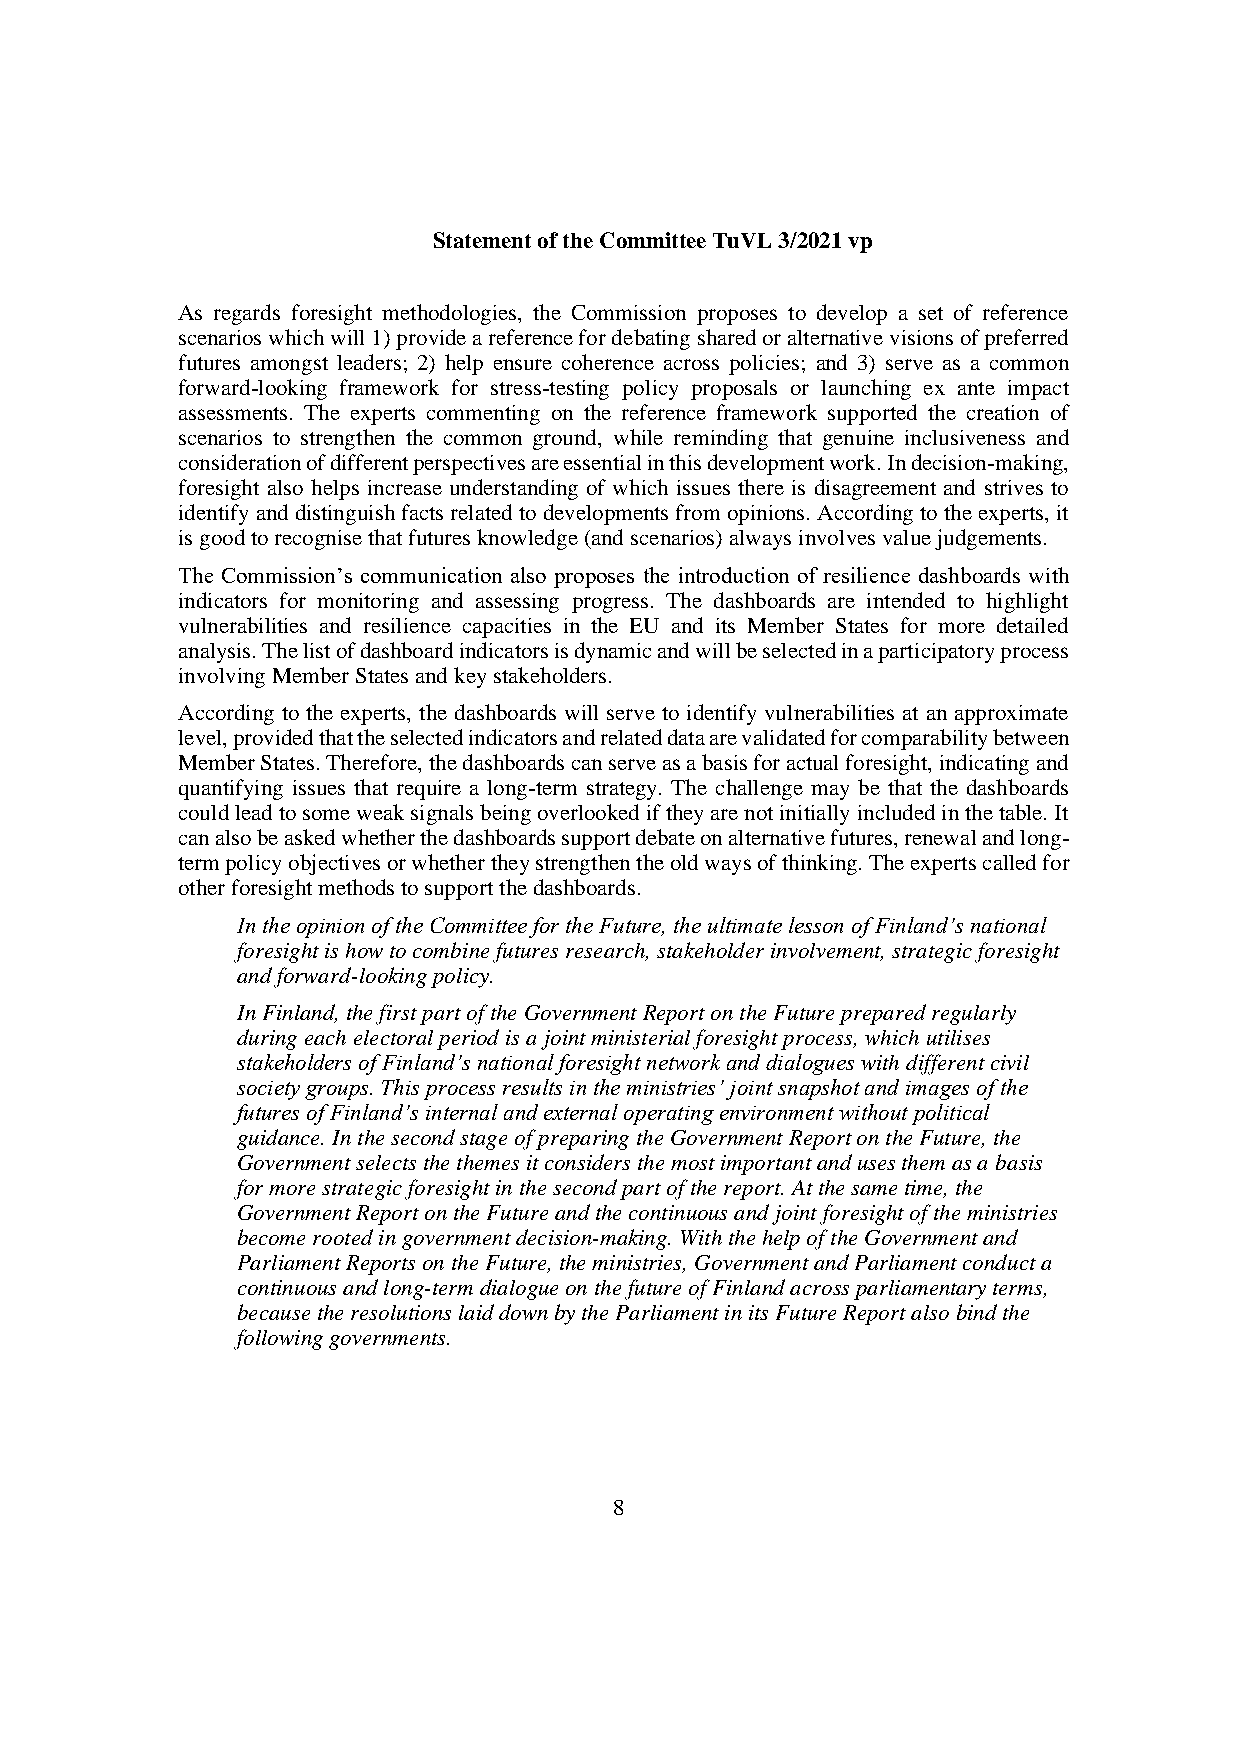
Statement of the Committee TuVL 3/2021 vp
 As regards foresight methodologies, the Commission proposes to develop a set of reference
 scenarios which will 1) provide a reference for debating shared or alternative visions of preferred
 futures amongst leaders; 2) help ensure coherence across policies; and 3) serve as a common
 forward-looking framework for stress-testing policy proposals or launching ex ante impact
 assessments. The experts commenting on the reference framework supported the creation of
 scenarios to strengthen the common ground, while reminding that genuine inclusiveness and
 consideration of different perspectives are essential in this development work. In decision-making,
 foresight also helps increase understanding of which issues there is disagreement and strives to
 identify and distinguish facts related to developments from opinions. According to the experts, it
 is good to recognise that futures knowledge (and scenarios) always involves value judgements.
 The Commission’s communication also proposes the introduction of resilience dashboards with
 indicators for monitoring and assessing progress. The dashboards are intended to highlight
 vulnerabilities and resilience capacities in the EU and its Member States for more detailed
 analysis. The list of dashboard indicators is dynamic and will be selected in a participatory process
 involving Member States and key stakeholders.
 According to the experts, the dashboards will serve to identify vulnerabilities at an approximate
 level, provided that the selected indicators and related data are validated for comparability between
 Member States. Therefore, the dashboards can serve as a basis for actual foresight, indicating and
 quantifying issues that require a long-term strategy. The challenge may be that the dashboards
 could lead to some weak signals being overlooked if they are not initially included in the table. It
 can also be asked whether the dashboards support debate on alternative futures, renewal and long-
 term policy objectives or whether they strengthen the old ways of thinking. The experts called for
 other foresight methods to support the dashboards.
 In the opinion of the Committee for the Future, the ultimate lesson of Finland’s national
 foresight is how to combine futures research, stakeholder involvement, strategic foresight
 and forward-looking policy.
 In Finland, the first part of the Government Report on the Future prepared regularly
 during each electoral period is a joint ministerial foresight process, which utilises
 stakeholders of Finland’s national foresight network and dialogues with different civil
 society groups. This process results in the ministries’ joint snapshot and images of the
 futures of Finland’s internal and external operating environment without political
 guidance. In the second stage of preparing the Government Report on the Future, the
 Government selects the themes it considers the most important and uses them as a basis
 for more strategic foresight in the second part of the report. At the same time, the
 Government Report on the Future and the continuous and joint foresight of the ministries
 become rooted in government decision-making. With the help of the Government and
 Parliament Reports on the Future, the ministries, Government and Parliament conduct a
 continuous and long-term dialogue on the future of Finland across parliamentary terms,
 because the resolutions laid down by the Parliament in its Future Report also bind the
 following governments.
 8